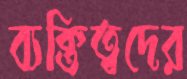
ব্যক্তিত্বদের